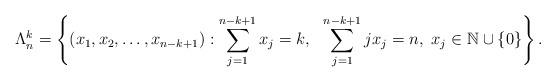
LaTeX: \begin{align*}\Lambda_{n}^{k}=\left\{(x_{1},x_{2},\dots,x_{n-k+1}):\sum_{j=1}^{n-k+1}x_{j}=k, \ \ \sum_{j=1}^{n-k+1}jx_{j}=n, \ x_{j}\in\mathbb{N}\cup \{0\}\right\}.\end{align*}